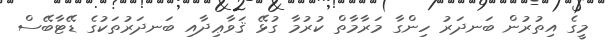
މީގެ އިތުރުން ބަނދަރު ހިންގާ މަރާމާތް ކުރުމާ ގުޅޭ ޤަވާޢިދާއި ބަނދަރުތަކުގެ ޑޭޓާބޭސް